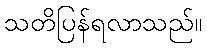
သတိပြန်ရလာသည်။